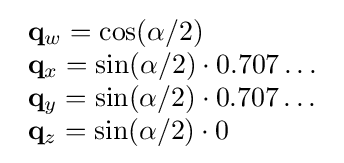
{\begin{array}{lcr}\mathbf {q} _{w}=\cos(\alpha /2)\\\mathbf {q} _{x}=\sin(\alpha /2)\cdot 0.707\ldots \\\mathbf {q} _{y}=\sin(\alpha /2)\cdot 0.707\ldots \\\mathbf {q} _{z}=\sin(\alpha /2)\cdot 0\end{array}}